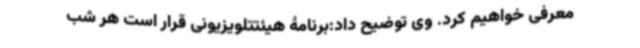
معرفی خواهیم کرد. وی توضیح داد:برنامۀ هیئتتلویزیونی قرار است هر شب